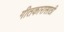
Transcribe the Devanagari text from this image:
गीतकारासाठी